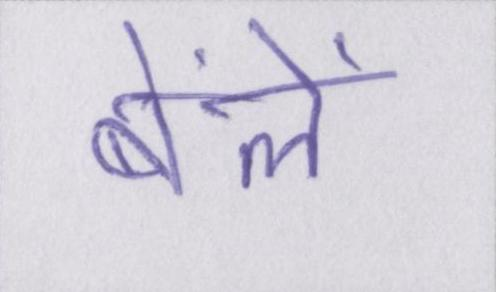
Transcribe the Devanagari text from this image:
बेंलें